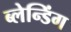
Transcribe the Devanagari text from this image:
ब्लेन्डिंग